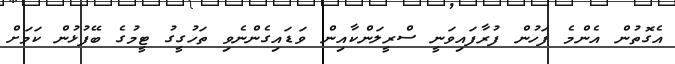
އެގޮތުން އެންމެ ފަހުން ފުރާފައިވަނީ ސްރީލަންކާއިން ވަޑައިގެންނެވި ތަހުގީގު ޓީމުގެ ބޭފުޅުން ކަމަށް